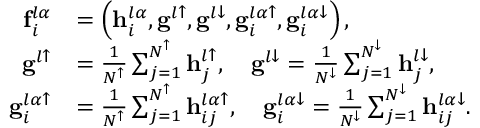
\begin{array} { r l } { \mathbf { f } _ { i } ^ { l \alpha } } & { = \left( \mathbf { h } _ { i } ^ { l \alpha } , \mathbf { g } ^ { l \uparrow } , \mathbf { g } ^ { l \downarrow } , \mathbf { g } _ { i } ^ { l \alpha \uparrow } , \mathbf { g } _ { i } ^ { l \alpha \downarrow } \right) , } \\ { \mathbf { g } ^ { l \uparrow } } & { = \frac { 1 } { N ^ { \uparrow } } \sum _ { j = 1 } ^ { N ^ { \uparrow } } \mathbf { h } _ { j } ^ { l \uparrow } , \quad \mathbf { g } ^ { l \downarrow } = \frac { 1 } { N ^ { \downarrow } } \sum _ { j = 1 } ^ { N ^ { \downarrow } } \mathbf { h } _ { j } ^ { l \downarrow } , } \\ { \mathbf { g } _ { i } ^ { l \alpha \uparrow } } & { = \frac { 1 } { N ^ { \uparrow } } \sum _ { j = 1 } ^ { N ^ { \uparrow } } \mathbf { h } _ { i j } ^ { l \alpha \uparrow } , \quad \mathbf { g } _ { i } ^ { l \alpha \downarrow } = \frac { 1 } { N ^ { \downarrow } } \sum _ { j = 1 } ^ { N ^ { \downarrow } } \mathbf { h } _ { i j } ^ { l \alpha \downarrow } . } \end{array}